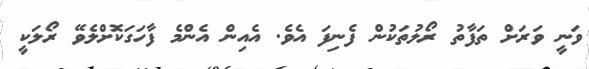
ވަނީ ވަރަށް ތަފާތު ރޯލުތަކުން ފެނިފަ އެވެ. އެއިން އެންމެ ފާހަގަކޮށްލެވޭ ރޯލަކީ